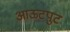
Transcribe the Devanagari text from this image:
आऊटपुट